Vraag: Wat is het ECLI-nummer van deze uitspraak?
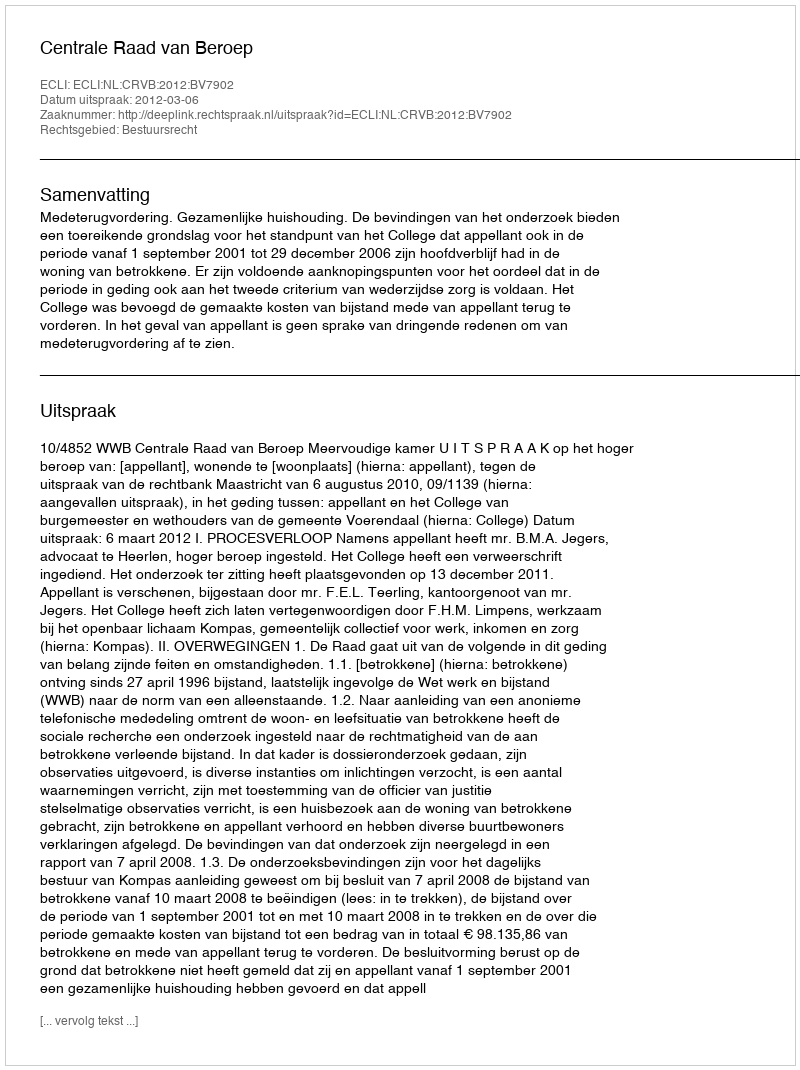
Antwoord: ECLI:NL:CRVB:2012:BV7902